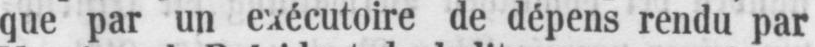
que par un exécutoire de dépens rendu par